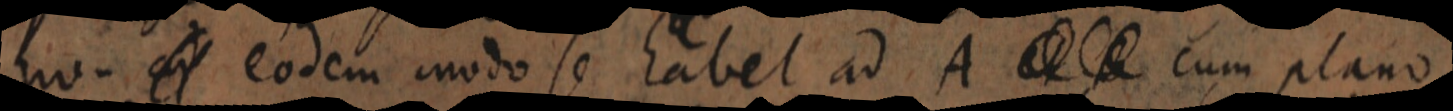
_ eodem modo se habet ad A _ cum plano